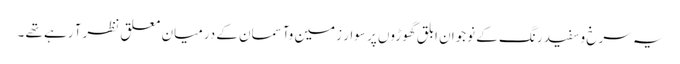
یہ سرخ وسفید رنگ کے نوجوان ابلق گھوڑوں پر سوار زمین وآسمان کے درمیان معلق نظرآ رہے تھے ۔